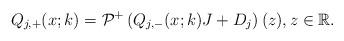
LaTeX: \begin{align*}Q_{j,+}(x;k)=\mathcal{P}^{+}\left(Q_{j,-}(x;k)J +D_j \right)(z), z \in \mathbb{R}.\end{align*}